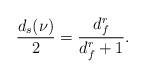
\begin{align*} \frac{ d_s(\nu)}{2} = \frac{d_f^r}{d_f^r+1}.\end{align*}